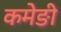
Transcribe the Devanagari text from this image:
कमेङी